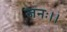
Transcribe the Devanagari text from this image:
जनः।।